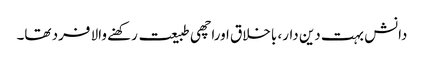
دانش بہت دین دار، باخلاق اوراچھی طبیعت رکھنے والا فرد تھا۔